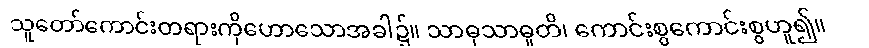
သူတော်ကောင်းတရားကိုဟောသောအခါ၌။ သာဓုသာဓူတိ၊ ကောင်းစွကောင်းစွဟူ၍။